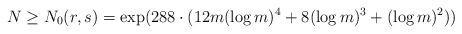
LaTeX: \begin{align*}N \geq N_0(r,s) = \exp(288\cdot(12 m (\log m)^4 + 8 (\log m)^3 + (\log m)^2))\end{align*}